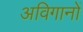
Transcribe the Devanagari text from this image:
अविगानों